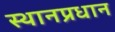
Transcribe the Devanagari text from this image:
स्थानप्रधान